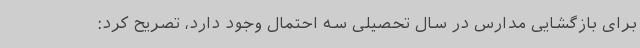
برای بازگشایی مدارس در سال تحصیلی سه احتمال وجود دارد، تصریح کرد: